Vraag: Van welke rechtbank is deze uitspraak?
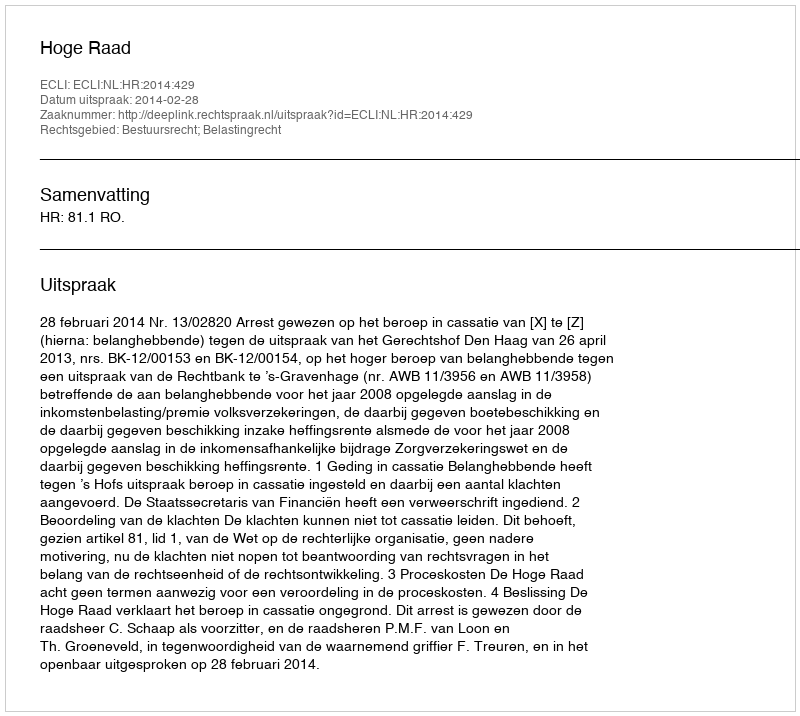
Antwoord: Hoge Raad